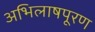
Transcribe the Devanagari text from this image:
अभिलाषपूरण